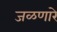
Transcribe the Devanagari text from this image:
जळणारे